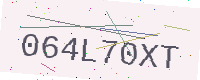
Text: 064L70XT